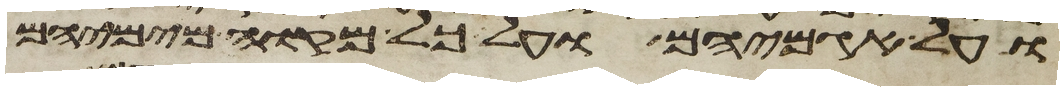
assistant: ועל אגמיהם ועל כל מקוה מימיהם